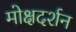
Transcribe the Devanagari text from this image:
मोक्षदर्शन